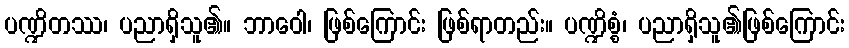
ပဏ္ဍိတဿ၊ ပညာရှိသူ၏။ ဘာဝေါ၊ ဖြစ်ကြောင်း ဖြစ်ရာတည်း။ ပဏ္ဍိစ္စံ၊ ပညာရှိသူ၏ဖြစ်ကြောင်း